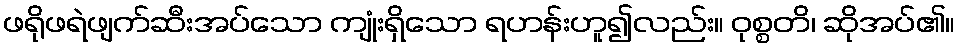
ဖရိုဖရဲဖျက်ဆီးအပ်သော ကျုံးရှိသော ရဟန်းဟူ၍လည်း။ ဝုစ္စတိ၊ ဆိုအပ်၏။